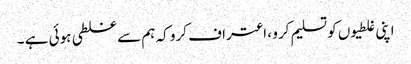
اپنی غلطیوں کو تسلیم کرو ، اعتراف کرو کہ ہم سے غلطی ہوئی ہے ۔